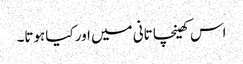
اس کھینچا تانی میں اور کیا ہوتا۔